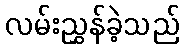
လမ်းညွှန်ခဲ့သည်